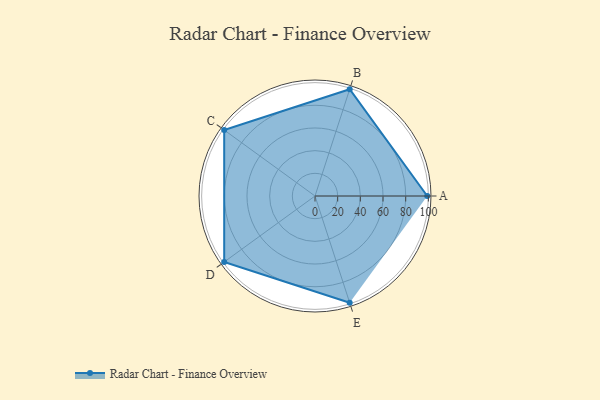
{"axis": {"x": "Skill", "y": "Score"}, "legend": ["Profile"], "data": [{"x": "A", "y": 99, "type": "Profile"}, {"x": "B", "y": 99, "type": "Profile"}, {"x": "C", "y": 99, "type": "Profile"}, {"x": "D", "y": 99, "type": "Profile"}, {"x": "E", "y": 99, "type": "Profile"}]}